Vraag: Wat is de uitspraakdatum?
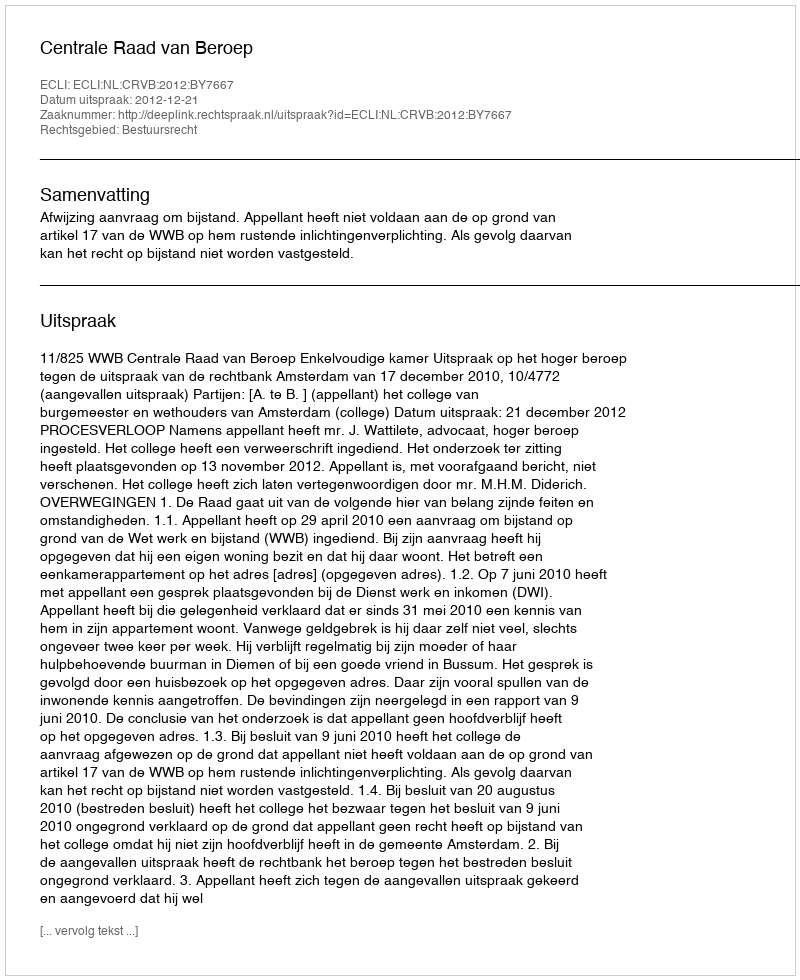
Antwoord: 2012-12-21